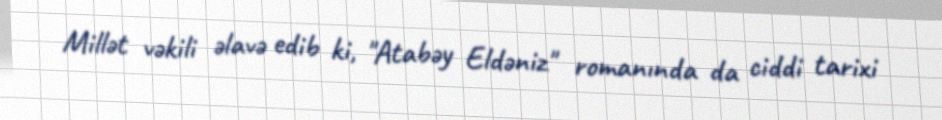
Millət vəkili əlavə edib ki, "Atabəy Eldəniz" romanında da ciddi tarixi